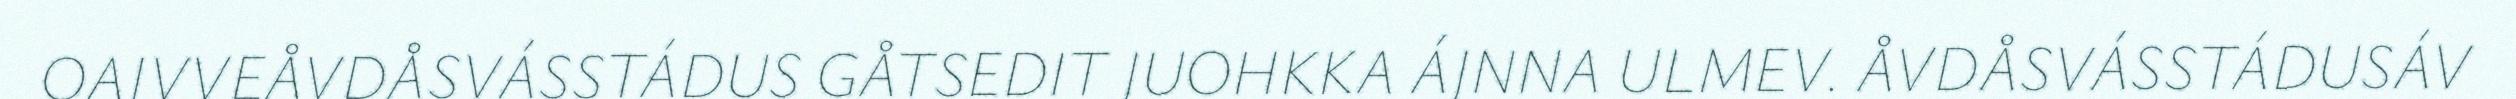
OAJVVEÅVDÅSVÁSSTÁDUS GÅTSEDIT JUOHKKA ÁJNNA ULMEV. ÅVDÅSVÁSSTÁDUSÁV